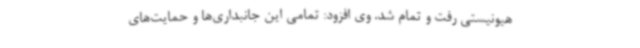
هیونیستی رفت و تمام شد. وی افزود: تمامی این جانبداری‌ها و حمایت‌های